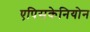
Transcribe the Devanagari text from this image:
एपिसकेनियोन